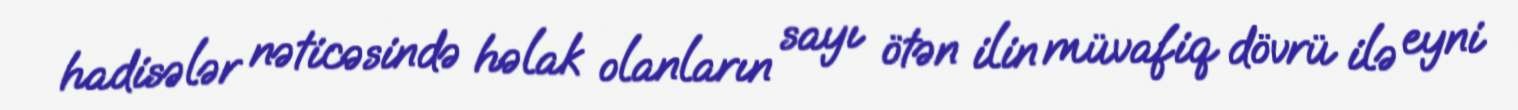
hadisələr nəticəsində həlak olanların sayı ötən ilin müvafiq dövrü ilə eyni